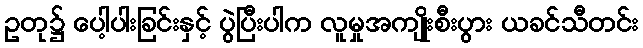
ဥတု၌ ပေါ့ပါးခြင်းနှင့် ပွဲပြီးပါက လူမှုအကျိုးစီးပွား ယခင်သီတင်း